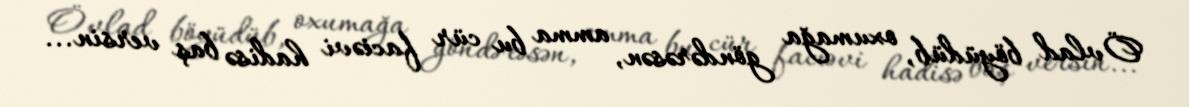
Övlad böyüdüb, oxumağa göndərəsən, amma bu cür faciəvi hadisə baş versin...